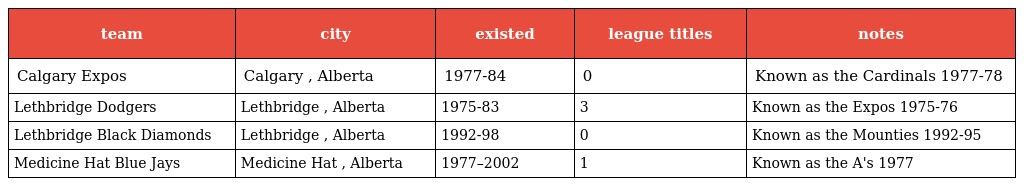
| team | city | existed | league titles | notes |
 | --- | --- | --- | --- | --- |
 | Calgary Expos | Calgary , Alberta | 1977-84 | 0 | Known as the Cardinals 1977-78 |
 | Lethbridge Dodgers | Lethbridge , Alberta | 1975-83 | 3 | Known as the Expos 1975-76 |
 | Lethbridge Black Diamonds | Lethbridge , Alberta | 1992-98 | 0 | Known as the Mounties 1992-95 |
 | Medicine Hat Blue Jays | Medicine Hat , Alberta | 1977–2002 | 1 | Known as the A's 1977 |